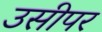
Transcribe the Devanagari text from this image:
उसीपर